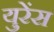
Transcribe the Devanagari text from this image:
युरेंस